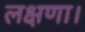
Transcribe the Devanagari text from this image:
लक्षणा।